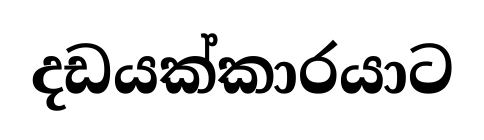
දඩයක්කාරයාට